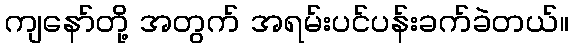
ကျနော်တို့ အတွက် အရမ်းပင်ပန်းခက်ခဲတယ်။